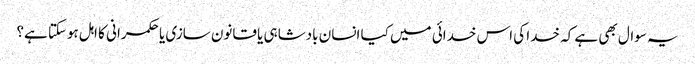
یہ سوال بھی ہے کہ خدا کی اس خدائی میں کیا انسان بادشاہی یا قانون سازی یا حکمرانی کا اہل ہوسکتا ہے؟